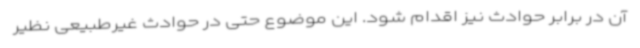
آن در برابر حوادث نیز اقدام شود. این موضوع حتی در حوادث غیرطبیعی نظیر